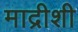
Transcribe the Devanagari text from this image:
माद्रीशी